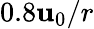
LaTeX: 0.8\mathbf{u}_{0}/r